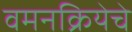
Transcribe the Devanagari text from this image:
वमनक्रियेचे